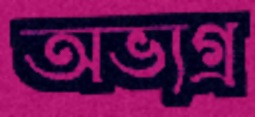
অভ্যগ্র